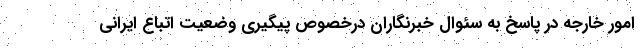
امور خارجه در پاسخ به سئوال خبرنگاران درخصوص پیگیری وضعیت اتباع ایرانی